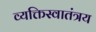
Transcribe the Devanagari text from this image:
व्यक्तिस्वातंत्रय